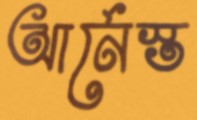
আর্নেস্ত